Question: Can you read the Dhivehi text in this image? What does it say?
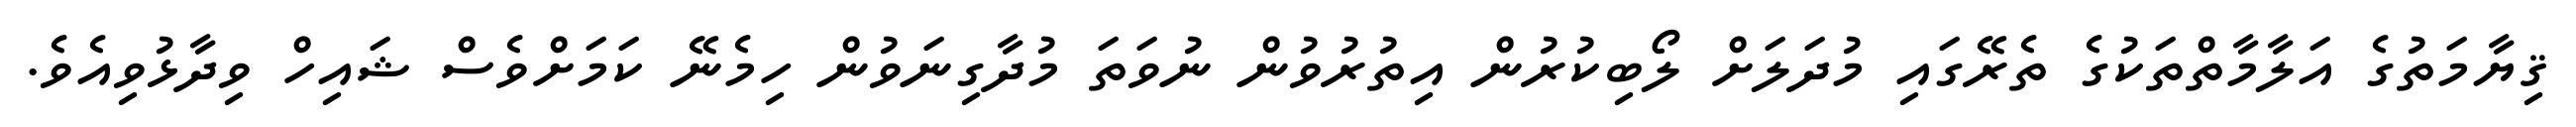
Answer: ޤިޔާމަތުގެ އަލާމާތްތަކުގެ ތެރޭގައި މުދަލަށް ލޯބިކުރުން އިތުރުވުން ނުވަތަ މުދާގިނަވުން ހިމެނޭ ކަމަށްވެސް ޝައިހް ވިދާޅުވިއެވެ.